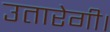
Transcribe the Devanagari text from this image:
उतारेगी।